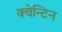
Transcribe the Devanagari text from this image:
क्वेन्टिन